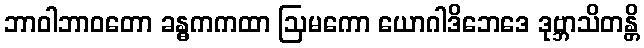
ဘာဝါဘာဝတော ခန္ဓကကထာ ဩမကော ယောဂါဒိဘေဒေ ဒုဗ္ဘာသိတန္တိ